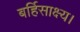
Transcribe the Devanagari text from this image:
बर्हिसाक्ष्य।